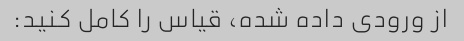
از ورودی داده شده، قیاس را کامل کنید: